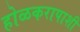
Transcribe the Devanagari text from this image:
होळकरापाशी